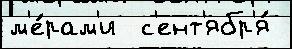
м'е́рам'и  с'ент'ябр'я́